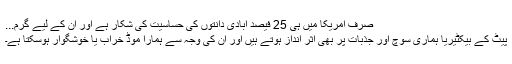
صرف امریکا میں ہی 25 فیصد آبادی دانتوں کی حساسیت کی شکار ہے اور ان کے لیے گرم...
پیٹ کے بیکٹیریا ہماری سوچ اور جذبات پر بھی اثر انداز ہوتے ہیں اور ان کی وجہ سے ہمارا موڈ خراب یا خوشگوار ہوسکتا ہے۔